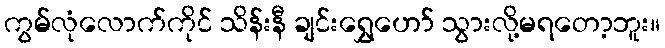
ကွမ်လုံလောက်ကိုင် သိန်းနီ ချင်းရွှေဟော် သွားလို့မရတော့ဘူး။